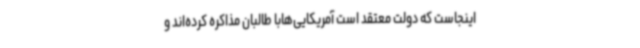
اینجاست که دولت معتقد است آمریکایی‌هابا طالبان مذاکره کرده‌اند و